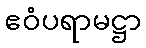
ဧဝံပရာမဋ္ဌာ